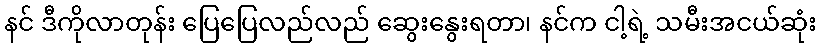
နင် ဒီကိုလာတုန်း ပြေပြေလည်လည် ဆွေးနွေးရတာ၊ နင်က ငါ့ရဲ့ သမီးအငယ်ဆုံး